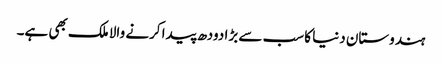
ہندوستان دنیا کا سب سے بڑا دودھ پیدا کرنے والا ملک بھی ہے۔